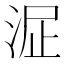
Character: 𣴻